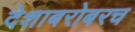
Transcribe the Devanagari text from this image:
देशाबरोबरच